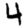
Digit: 4